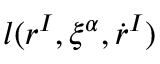
l ( r ^ { I } , \xi ^ { \alpha } , \dot { r } ^ { I } )